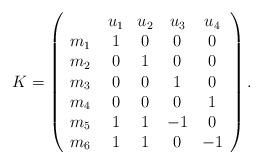
LaTeX: \begin{align*}K=\left(\begin{array}{lcccc}&u_1&u_2&u_3&u_4\\m_1 \, &1&0&0&0\\m_2 \, &0&1&0&0\\m_3 \, &0&0&1&0\\m_4 \, &0&0&0&1\\m_5 \, &1&1&-1&0\\m_6 \, &1&1&0&-1\\\end{array}\right).\end{align*}